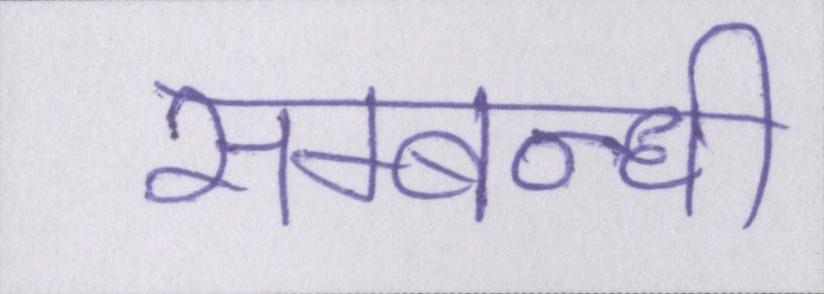
सम्बन्धी